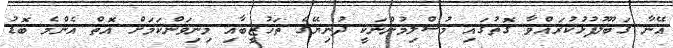
އޭނާ ޤަބޫލުފުޅުކުރައްވާ ގޮތުގައި މުސްލިމުންނަކީ ދުނިޔޭގެ ތަހުޒީބާއި މިނިވަންކަމަށް އޮތް އެންމެ ބޮޑު